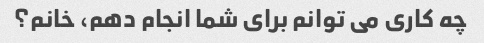
چه کاری می توانم برای شما انجام دهم، خانم؟